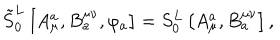
\tilde { S } _ { 0 } ^ { L } \left[ A _ { \mu } ^ { a } , B _ { a } ^ { \mu \nu } , \varphi _ { a } \right] = S _ { 0 } ^ { L } \left[ A _ { \mu } ^ { a } , B _ { a } ^ { \mu \nu } \right] ,